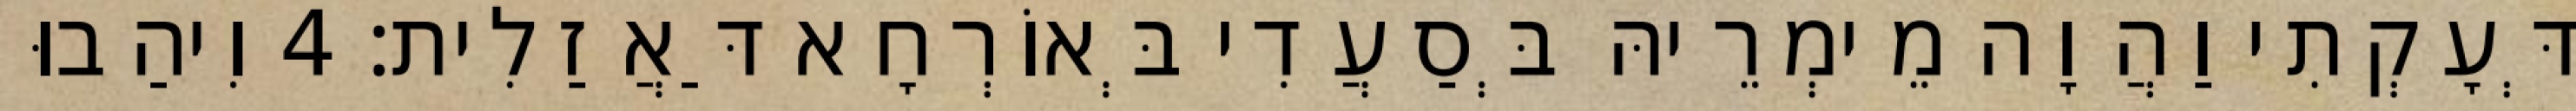
דְּעָקְתִי וַהֲוָה מֵימְרֵיהּ בְּסַעֲדִי בְּאוֹרְחָא דַּאֲזַלִית׃ 4 וִיהַבוּ